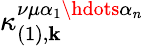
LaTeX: \kappa_{(1),\mathbf{k}}^{\nu\mu\alpha_{1}\hdots\alpha_{n}}